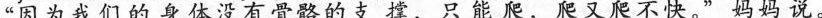
“因为我们的身体没有骨骼的支撑，只能爬，爬又爬不快。”妈妈说。